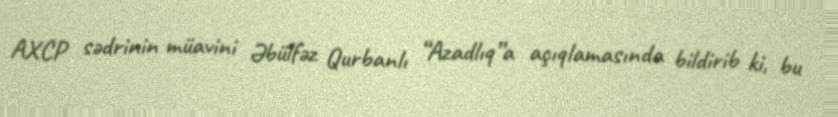
AXCP sədrinin müavini Əbülfəz Qurbanlı “Azadlıq”a açıqlamasında bildirib ki, bu